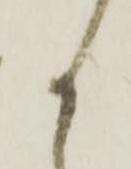
か